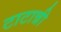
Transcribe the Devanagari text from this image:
टाटान्नी